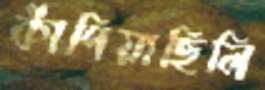
কাঁপিয়াছিলি